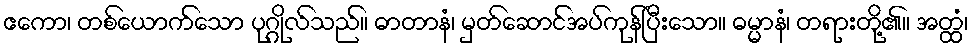
ဧကော၊ တစ်ယောက်သော ပုဂ္ဂိုလ်သည်။ ဓာတာနံ၊ မှတ်ဆောင်အပ်ကုန်ပြီးသော။ ဓမ္မာနံ၊ တရားတို့၏။ အတ္ထံ၊